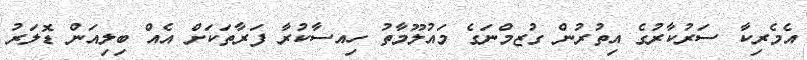
އެމެރިކާ ސަރުކާރުގެ އިތުރުން ގުޒމްނަގެ މައުލޫމާތު ހިއސާކުރާ ފަރާތަކަށް އެއް ބިލިއަން ޑޮލަރު